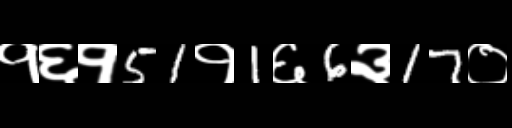
Text: १६१51१1६6३17०